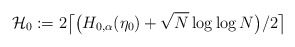
\begin{align*} \mathcal H_0:=2 \bigl\lceil\bigl(H_{0,\alpha}(\eta_0)+\sqrt{N}\log\log N\bigr) /2 \bigr\rceil\end{align*}